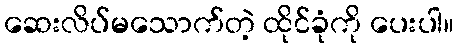
ဆေးလိပ်မသောက်တဲ့ ထိုင်ခုံကို ပေးပါ။